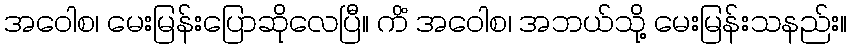
အဝေါစ၊ မေးမြန်းပြောဆိုလေပြီ။ ကိံ အဝေါစ၊ အဘယ်သို့ မေးမြန်းသနည်း။